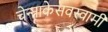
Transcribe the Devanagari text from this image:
चेन्‍नाकेसवस्‍वामी